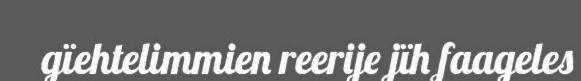
gïehtelimmien reerije jïh faageles